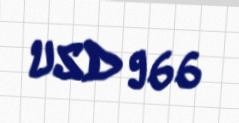
USD 966